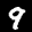
Label: 9